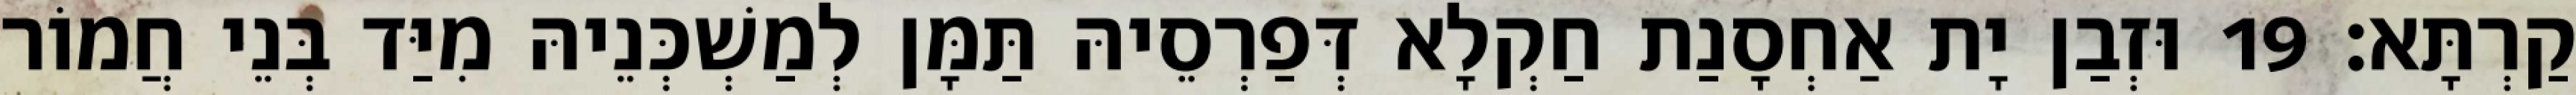
קַרְתָּא׃ 19 וּזְבַן יָת אַחְסָנַת חַקְלָא דְּפַרְסֵיהּ תַּמָּן לְמַשְׁכְּנֵיהּ מִיַּד בְּנֵי חֲמוֹר